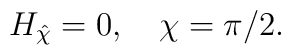
H_{\hat{\chi}}=0, \quad \chi=\pi/2.